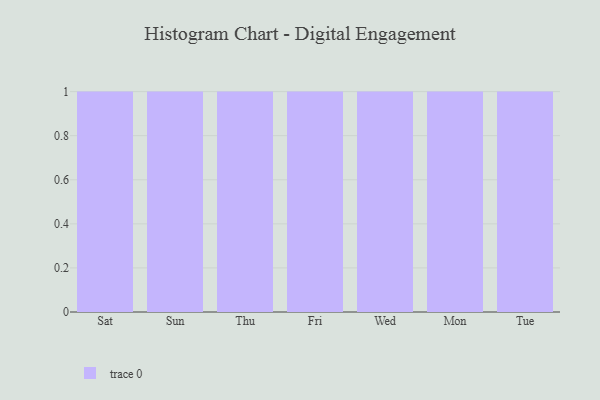
{"axis": {"x": "Day", "y": "Satisfaction Score"}, "legend": [""], "data": [{"x": "Sat", "y": 99, "type": ""}, {"x": "Sun", "y": 5, "type": ""}, {"x": "Thu", "y": 60, "type": ""}, {"x": "Fri", "y": 79, "type": ""}, {"x": "Wed", "y": 89, "type": ""}, {"x": "Mon", "y": 97, "type": ""}, {"x": "Tue", "y": 99, "type": ""}]}